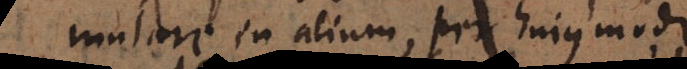
mutare in alium, per hujusmodi